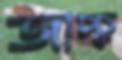
জাচ্চু